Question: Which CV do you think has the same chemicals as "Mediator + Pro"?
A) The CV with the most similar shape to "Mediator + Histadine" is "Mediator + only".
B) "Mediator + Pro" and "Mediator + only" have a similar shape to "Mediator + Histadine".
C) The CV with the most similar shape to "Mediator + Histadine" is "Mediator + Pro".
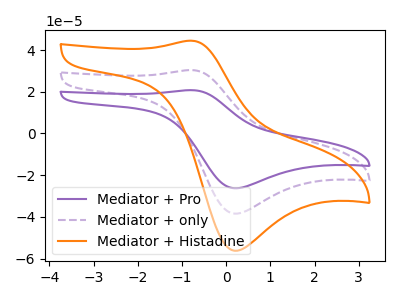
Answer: <think>The purple curve "Mediator + Pro" has an anodic peak at (-0.75V, 60.75uA) and a cathodic peak at (0.20V, -76.85uA). The purple dashed curve "Mediator + only" has an anodic peak at (-0.75V, 30.40uA) and a cathodic peak at (0.20V, -38.40uA). The orange curve "Mediator + Histadine" has an anodic peak at (-0.75V, 44.45uA) and a cathodic peak at (0.20V, -56.20uA).
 All the peaks in "Mediator + Pro" have a peak in "Mediator + only" at the same potential. Every peak in "Mediator + Pro" is higher than every peak in "Mediator + only". All the peaks in "Mediator + Pro" have a peak in "Mediator + Histadine" at the same potential. Every peak in "Mediator + Pro" is higher than every peak in "Mediator + Histadine". All the peaks in "Mediator + only" have a peak in "Mediator + Histadine" at the same potential. Every peak in "Mediator + only" is lower than every peak in "Mediator + Histadine".</think>
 <answer>B) "Mediator + Pro" and "Mediator + only" have a similar shape to "Mediator + Histadine".</answer>
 <eval>B</eval>